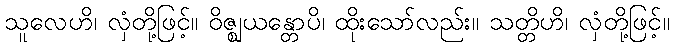
သူလေဟိ၊ လှံတို့ဖြင့်။ ဝိဇ္ဈယန္တောပိ၊ ထိုးသော်လည်း။ သတ္တိဟိ၊ လှံတို့ဖြင့်။